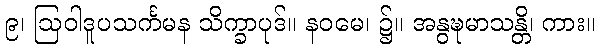
၉၊ ဩဝါဒူပသင်္ကမန သိက္ခာပုဒ်။ နဝမေ၊ ၌။ အနွဍ္ဎမာသန္တိ၊ ကား။